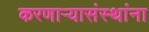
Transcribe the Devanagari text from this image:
करणाऱ्यासंस्थांना